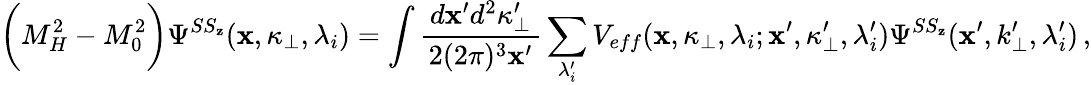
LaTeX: \biggl(M_{H}^{2}-M_{0}^{2}\biggr)\Psi^{SS_{\mathbf{z}}}(\mathbf{x},\kappa_{\bot},\lambda_{i})=\int\frac{{\, d\mathbf{x}^{\prime}d^{2}\kappa_{\bot}^{\prime}\, }}{{2(2\pi)^{3}\mathbf{x}^{\prime}}}\sum_{\lambda_{i}^{\prime}}V_{eff}(\mathbf{x},\kappa_{\bot},\lambda_{i};\mathbf{x}^{\prime},\kappa_{\bot}^{\prime},\lambda_{i}^{\prime}){\Psi}^{SS_{\mathbf{z}}}(\mathbf{x}^{\prime},k_{\bot}^{\prime},\lambda_{i}^{\prime})\, ,